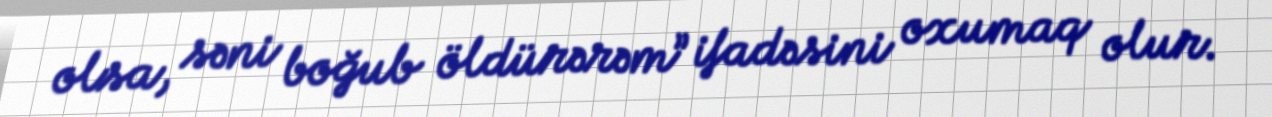
olsa, səni boğub öldürərəm” ifadəsini oxumaq olur.